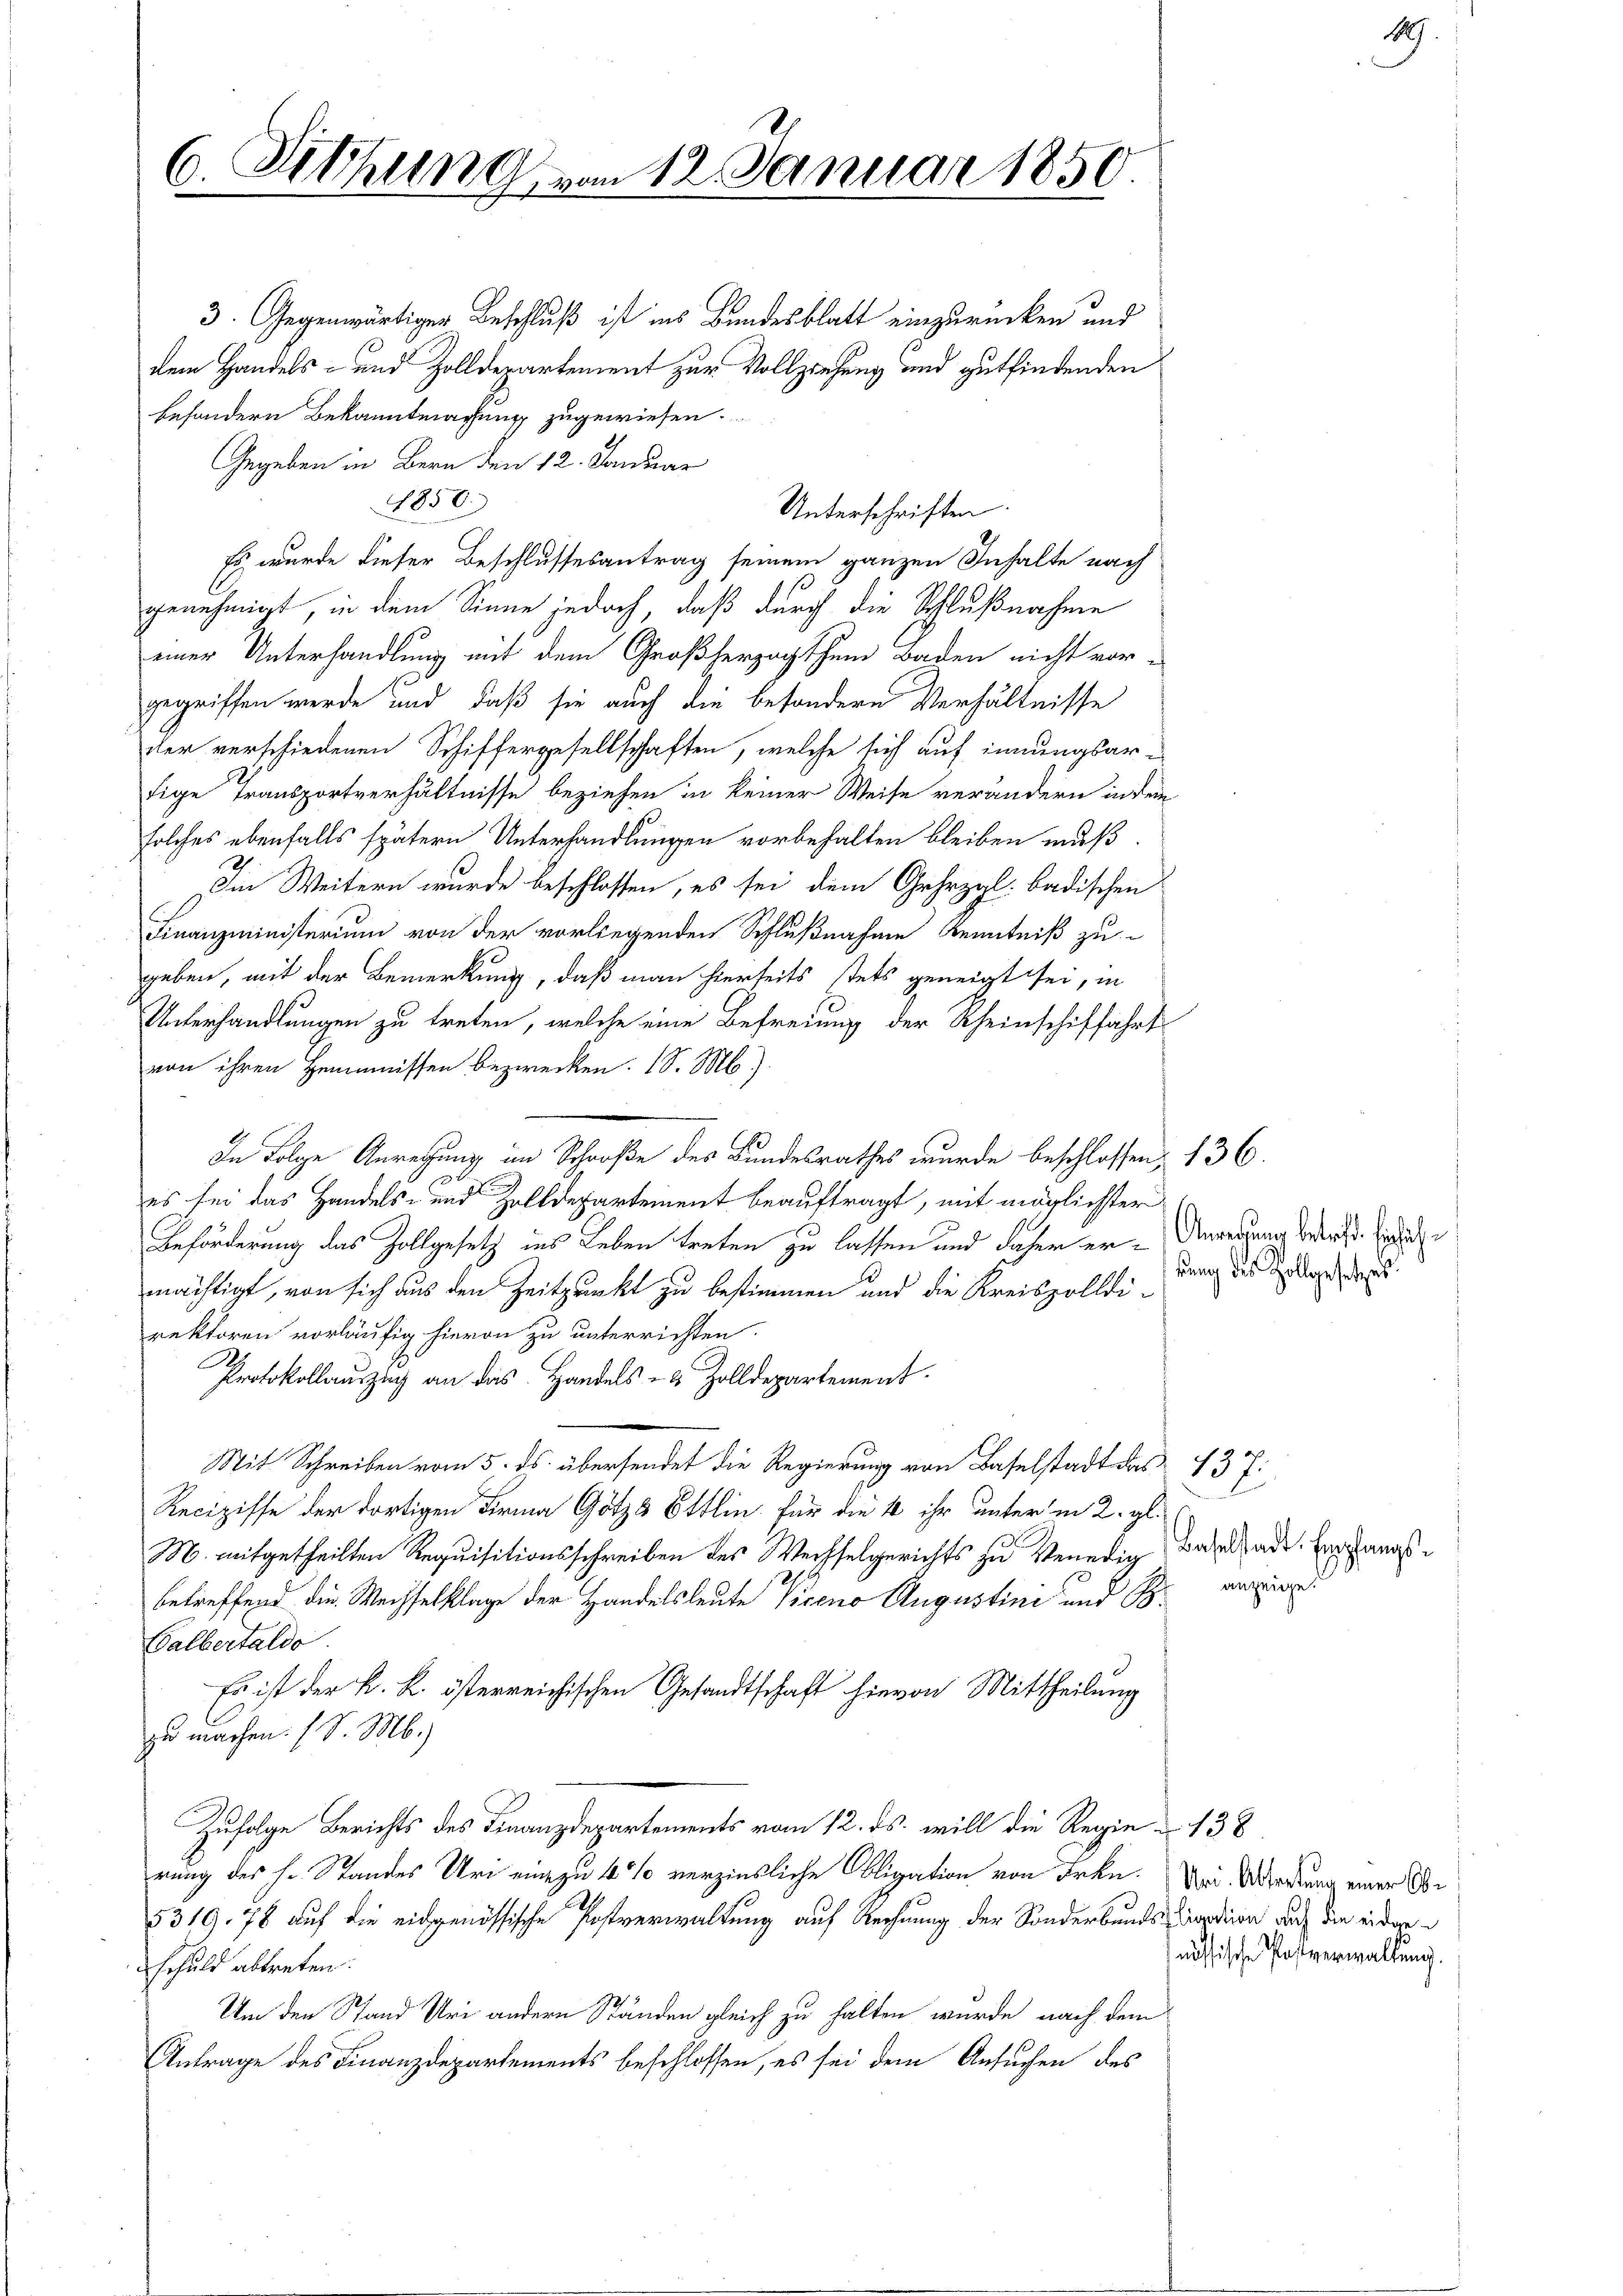
6. Sitzung vom 12. Januar 1850.

3. Gegenwärtiger Beschluß ist ins Bundesblatt einzurücken und
dem Handels- und Zollderartement zur Vollziehung und gutfindenden
besondern Bekanntmachung zugewiesen.
Gegeben in Bern den 12. Januar
1850.
Es wurde dieser Beschlussesantrag seinem ganzen Inhalte nach
genehmigt, in dem Sinne jedoch, daß durch die Schlußnahme
einer Unterhandlung mit dem Großherzogthum Baden nicht vor-
gegriffen werde und daß sie auch die besondere Verhältnisse
der verschiedenen Schiffergesellschaften, welche sich auf innungsarfige Transportverhältnisse beziehen in keiner Weise verändern in dem
solches ebenfalls spätern Unterhandlungen vorbehalten bleiben muß.
Im Weitern wurde beschlossen, es sei dem Gehrzgl. badischen
Finanzministerium von der vorliegenden Schlußnahme Kenntniß zu
geben, mit der Bemerkung, daß man hierseits stets geneigt sei, in
Unterhandlungen zu treten, welche eine Befreiung der Rheinschiffahrt
von ihren Hemmnissen bezwecken. 18. Mb).
In Folge Anregung im Schroße des Bundesrathes wurde beschlossen 136.
es ser das Handels- und Zolldepartement beauftragt, mit möglichster
Beförderung das Zollgesetz ins Leben treten zu lassen und daher er - Unrechung der Eid
mächtigt, von sich aus den Zeitpunkt zu bestimmen und die Kreiszolldi-
rektoren vorläufig hievon zu unterrichten.
Protokollauszug an das Handels- & Zolldepartement.
Mit Schreiben vom 5. ds. übersendet die Regierung von Baselstadt das 137:
Recipisse der dortigen Firma Götzs Öttlin für die 4 ihr unter in 2. gl.
M. mitgetheilten Requisitionsschreiben des Wechselgerichts zu Venedig
betreffend die Wechselklage der Handelsleute Vorene Augustini und an
Calbertalde
Es ist der k. k. österreichischen Gesandtschaft hievon Mittheilung
zu machen. (S. M.)
Zufolge Berichts des Finanzdepartements vom 12. ds. will die Regie 138
rung des Hr. Standes Uri eine zu 4% verzinsliche Obligation von Frkn. Und Wartung einer Be
5319,78 auf die eidgenössische Postverwaltung auf Rechnung der Sonderbands- Cortion auf die eidgen
schuld abtreten.
Um den Stand Uri andern Ständen gleich zu halten wurde nach dem
Antrage des Finanzdepartements beschlossen, es sei dem Ansuchen des

Unterschriften.

sung des Zollgesetzes

Baselstadt. Empfangs-

nössische Postverwaltung.